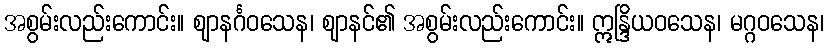
အစွမ်းလည်းကောင်း။ ဈာနင်္ဂဝသေန၊ ဈာနင်၏ အစွမ်းလည်းကောင်း။ ဣန္ဒြိယဝသေန၊ မဂ္ဂဝသေန၊